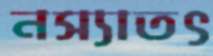
নস্যাতৎ